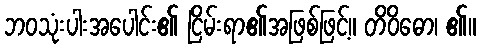
ဘဝသုံးပါးအပေါင်း၏ ငြိမ်းရာ၏အဖြစ်ဖြင့်။ တိဝိဓော၊ ၏။